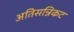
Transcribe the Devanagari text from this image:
अतिसन्निकट